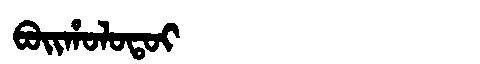
Manchu: ᠪᠣᡳᡥᠣᠯᠣᡨᠣᡳ
Romanization: BOIHOLOTOI